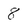
Character: 8